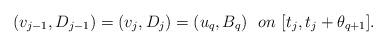
LaTeX: \begin{align*} (v_{j-1}, D_{j-1}) = (v_j, D_j) = (u_q, B_q)\ \ on\ [t_j, t_j+\theta_{q+1}].\end{align*}